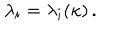
LaTeX: \lambda _ { i } = \lambda _ { i } ( \kappa ) \, .